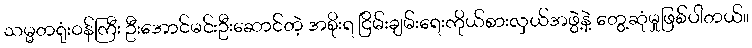
သမ္မတရုံးဝန်ကြီး ဦးအောင်မင်းဦးဆောင်တဲ့ အစိုးရ ငြိမ်းချမ်းရေးကိုယ်စားလှယ်အဖွဲ့နဲ့ တွေ့ဆုံမှုဖြစ်ပါတယ်။